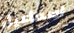
اسماعيل